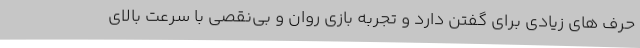
حرف های زیادی برای گفتن دارد و تجربه بازی روان و بی‌نقصی با سرعت بالای